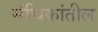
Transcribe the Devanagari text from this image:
संचिकांतील